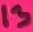
Text: 13